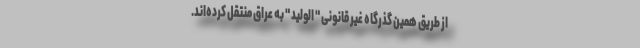
از طریق همین گذرگاه غیر قانونی " الولید " به عراق منتقل کرده‌اند.